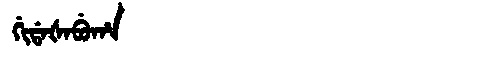
Manchu: ᡤᡳᡩᠠᡧᠠᠪᡠᡥᠠ
Romanization: GIDAŠABUHA